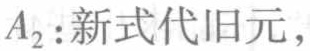
$A_{2}: 新式代旧元，$